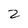
Character: 2